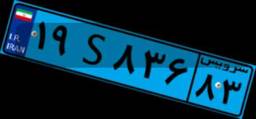
۱۹S۸۳۶۸۳